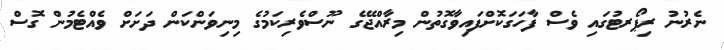
ނެރުނު ރިޕޯރޓުގައި ވެސް ފާހަގަކޮށްފައިވާގޮތުން މިރާއްޖޭގެ ނޫސްވެރިކަމުގެ މިނިވަންކަން ދަށަށް ވެއްޓެމުން ގޮސް